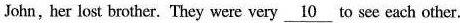
John, her lost brother.They were very \underline{10} to see each other.